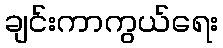
ချင်းကာကွယ်ရေး